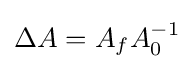
\Delta A=A_{f}A_{0}^{-1}